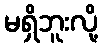
မရှိဘူးလို့